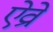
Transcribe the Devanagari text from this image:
ऐव्रो